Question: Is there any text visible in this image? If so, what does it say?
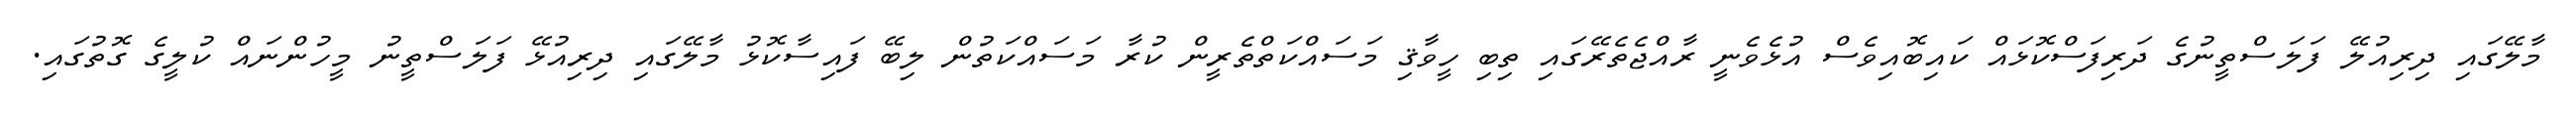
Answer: މާލޭގައި ދިރިއުލޭ ފަލަސްތީނުގެ ދަރިފަސްކޮޅައް ކައިބޮއިވެސް އުޅެވެނީ ރާއްޖެތެރޭގައި ތިބި ހީވާޤި މަސައްކަތްތެރީން ކުރާ މަސައްކަތުން ލިބޭ ފައިސާކޮޅު މާލޭގައި ދިރިއުޅޭ ފަލަސްތީނު މީހުންނައް ކުލީގެ ގޮތުގައި.